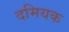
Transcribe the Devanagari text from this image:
दमियक